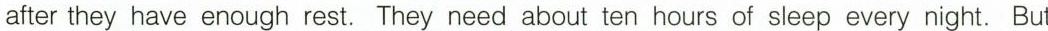
after they have enough rest. They need about ten hours of sleep every night. But